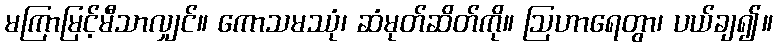
မကြာမြင့်မီသာလျှင်။ ကောသမဿုံ၊ ဆံမုတ်ဆိတ်ကို။ ဩဟာရေတွာ၊ ပယ်ချ၍။